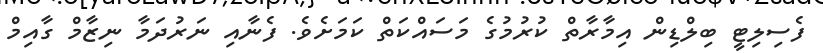
ފެސިލިޓީ ބިލްޑިން އިމާރާތް ކުރުމުގެ މަސައްކަތް ކަމަށެވެ. ފެނާއި ނަރުދަމާ ނިޒާމް ގާއިމް